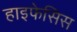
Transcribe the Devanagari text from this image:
हाइफेसिस